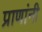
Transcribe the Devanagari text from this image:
प्राणांनी